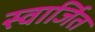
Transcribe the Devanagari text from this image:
स्वार्जित